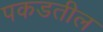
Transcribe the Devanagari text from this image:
पकडतील